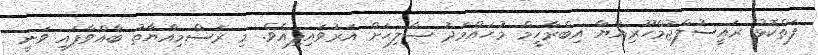
ފަތްކޮޅު ރައީސުލްޖުމްހޫރިއްޔާ އިބްރާހީމް މުޙައްމަދު ޞާލިޙަށް އަރުވައިފިއެވެ. މި ރަސްމިއްޔާތު ބާއްވާފައި ވަނީ